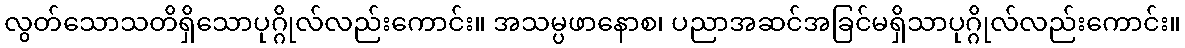
လွတ်သောသတိရှိသောပုဂ္ဂိုလ်လည်းကောင်း။ အသမ္ပဖာနောစ၊ ပညာအဆင်အခြင်မရှိသာပုဂ္ဂိုလ်လည်းကောင်း။